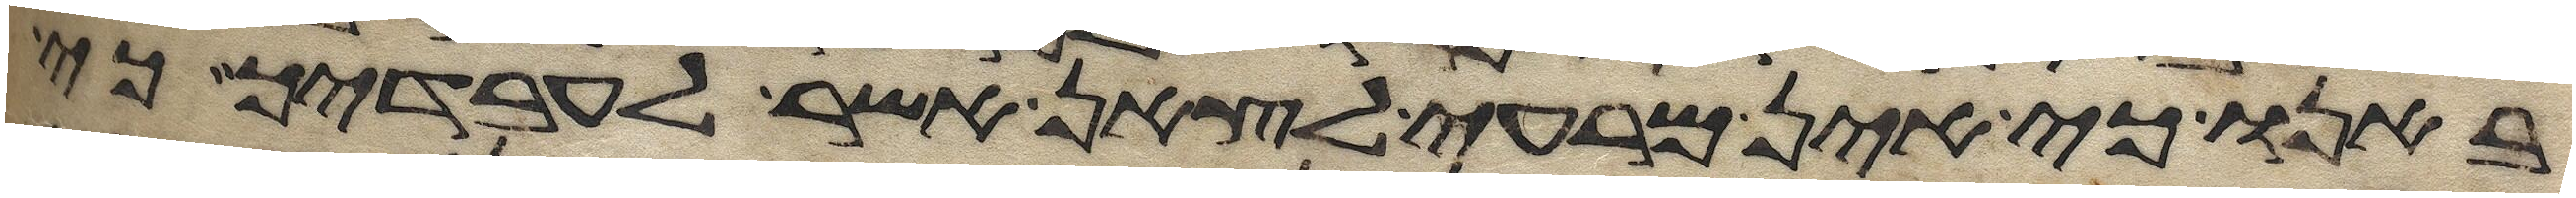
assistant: באנו כי אין מרעה לצאן אשר לעבדיך כי